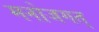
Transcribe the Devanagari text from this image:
मनोजगत्